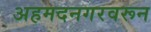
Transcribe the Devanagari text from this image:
अहमदनगरवरून